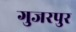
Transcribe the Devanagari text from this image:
गुजरपुर